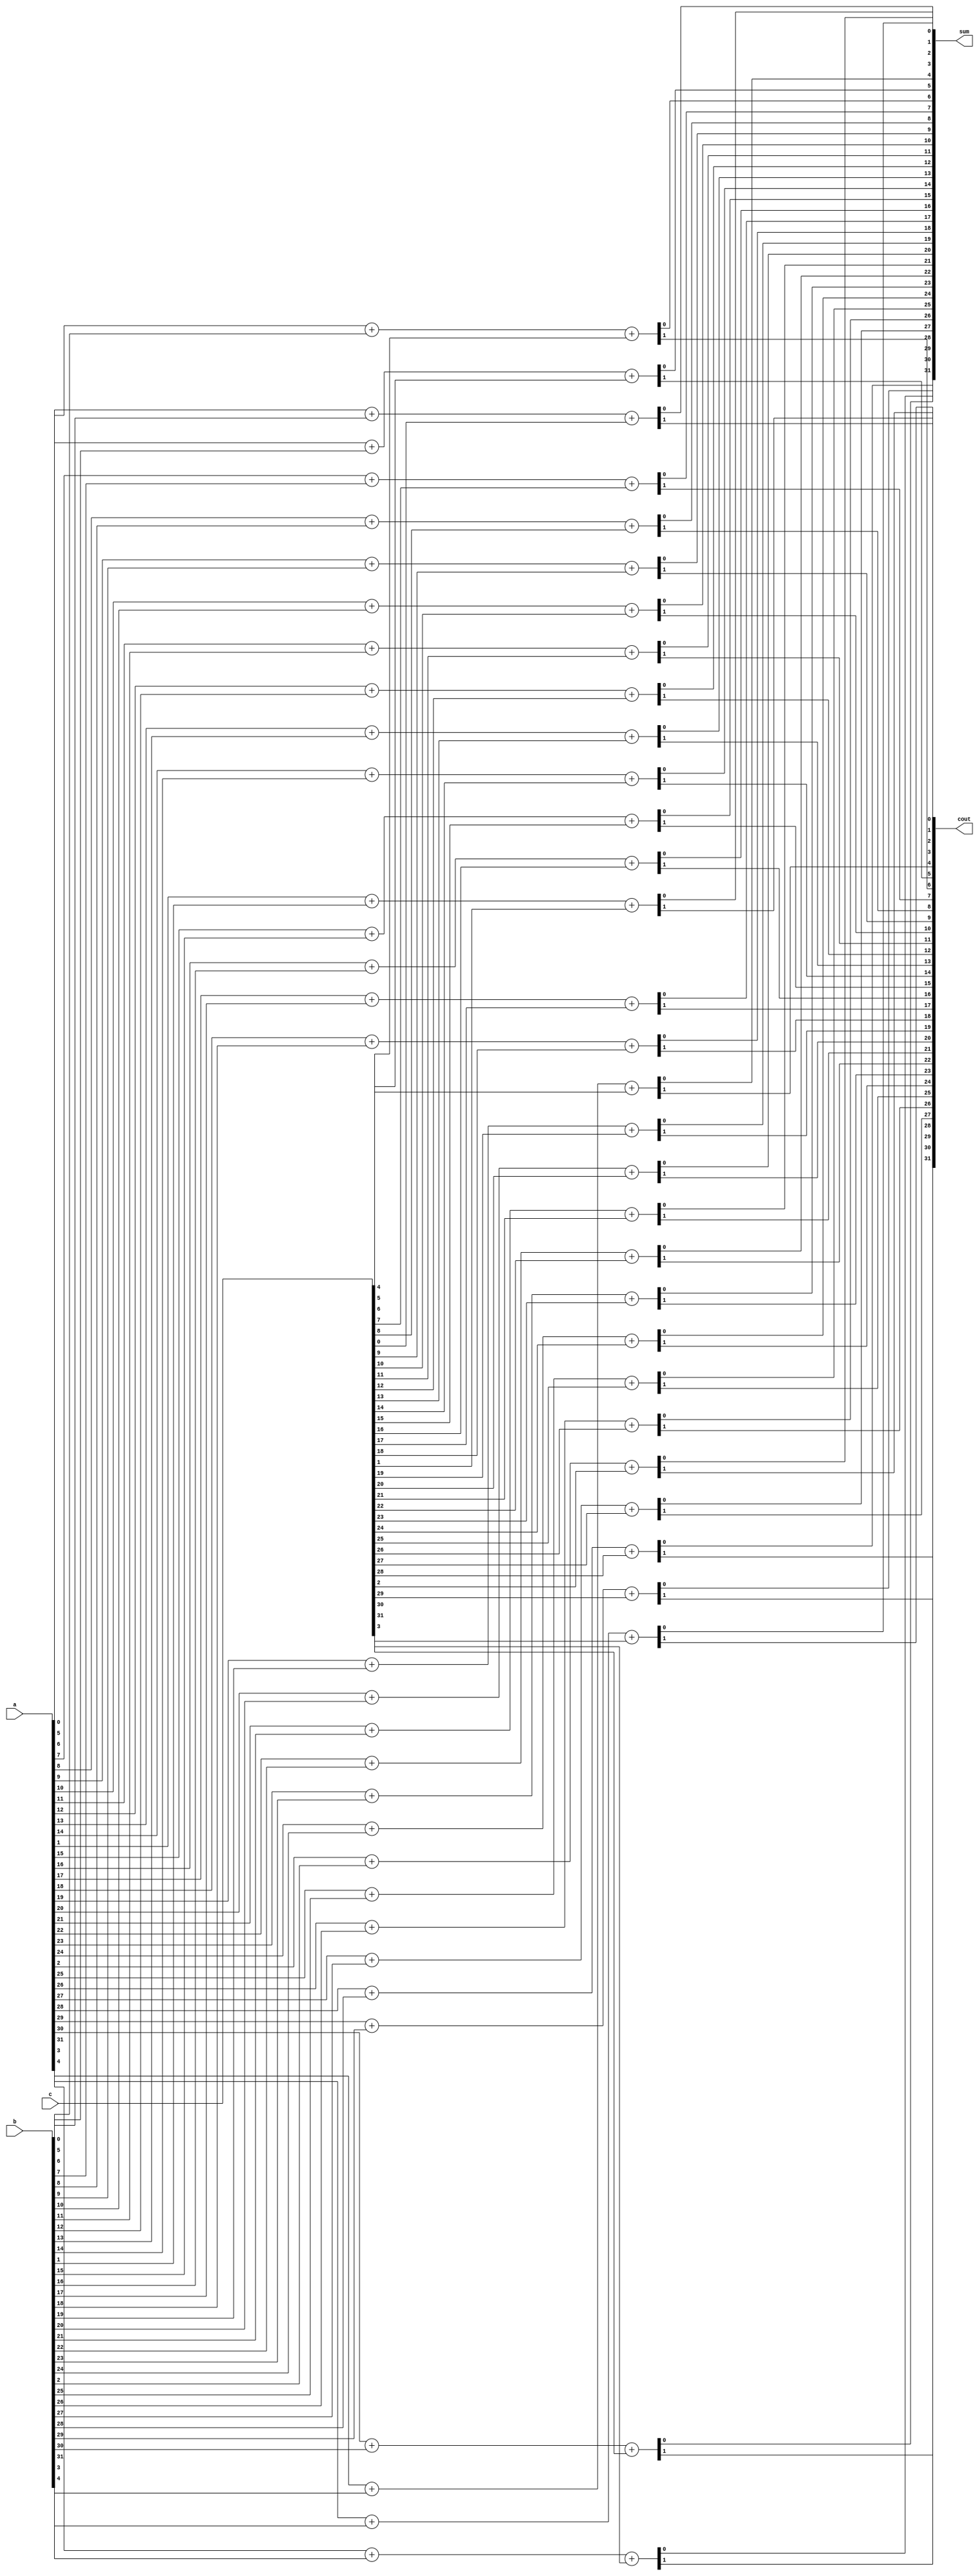
`timescale 1ns / 1ps
//////////////////////////////////////////////////////////////////////////////////
// Company: 
// Engineer: 
// 
// Design Name: 
// Module Name: booth_2bit
// Project Name: 
// Target Devices: 
// Tool Versions: 
// Description: 
// 
// Dependencies: 
// 
// Revision:
// Revision 0.01 - File Created
// Additional Comments:
// 
//////////////////////////////////////////////////////////////////////////////////


module carry_save_adder#(
    parameter DATA_WIDTH = 32
)(
        input [DATA_WIDTH - 1:0]a,
        input [DATA_WIDTH - 1:0]b,
        input [DATA_WIDTH - 1:0]c,
        output [DATA_WIDTH - 1:0]sum,
        output [DATA_WIDTH - 1:0]cout
    );
    
    genvar i;
    generate
        for(i = 0; i < DATA_WIDTH; i = i + 1)
        begin:three
            assign {cout[i],sum[i]} = a[i] + b[i] + c[i];            
        end
    endgenerate
    
endmodule


module booth_2bit#(
    parameter DATA_WIDTH = 34,
    parameter EXTEND_WIDTH = 33,
    parameter BIAS = 0
)(
        input [2:0]y,
        input [DATA_WIDTH - 1:0] num_double,
        input [DATA_WIDTH - 1:0] num_double_minus,
        input [DATA_WIDTH - 1:0] num_data_width,
        input [DATA_WIDTH - 1:0] num_minus,
    
        output [EXTEND_WIDTH + DATA_WIDTH - 1:0]num_booth_extend
    );
    
    
    wire y0;
    wire y1;
    wire y2;
    
    reg [DATA_WIDTH - 1:0]num_booth;
    assign num_booth_extend = {{EXTEND_WIDTH{num_booth[DATA_WIDTH - 1]}},num_booth} << BIAS;
    
    assign {y2,y1,y0} = y;
    
    always@(*)begin
        case({y2,y1,y0})
            3'b000:begin
                num_booth <= 'd0;
            end
            //+1
            3'b001:begin
                num_booth <= num_data_width;
            end
            //+1
            3'b010:begin
                num_booth <= num_data_width;
            end
            //+2
            3'b011:begin
                num_booth <= num_double;
            end
            //-2
            3'b100:begin
                num_booth <= num_double_minus;
            end
            //-1
            3'b101:begin
                num_booth <= num_minus;
            end
            //-1
            3'b110:begin
                num_booth <= num_minus;
            end
            3'b111:begin
                num_booth <= 'd0;
            end
            default:begin
                num_booth <= 'd0;
            end
        endcase
    end
endmodule